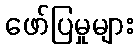
ဖော်ပြမှုများ